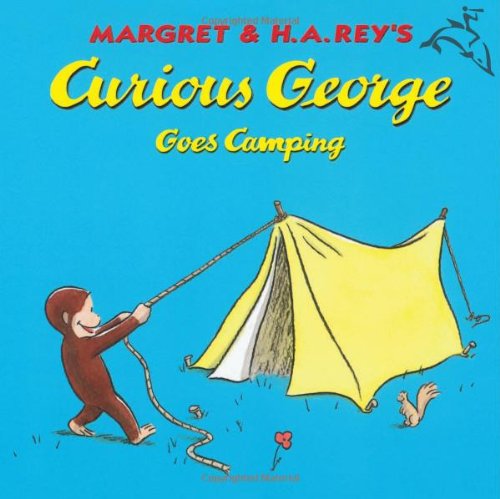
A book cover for Curious George Goes Camping; Margret Rey; Children's Books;